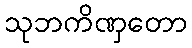
သုဘကိဏှတော